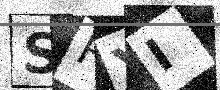
Text: SFYI